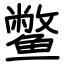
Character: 鳖